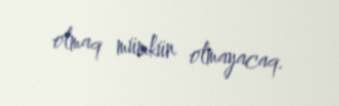
olmaq mümkün olmayacaq.